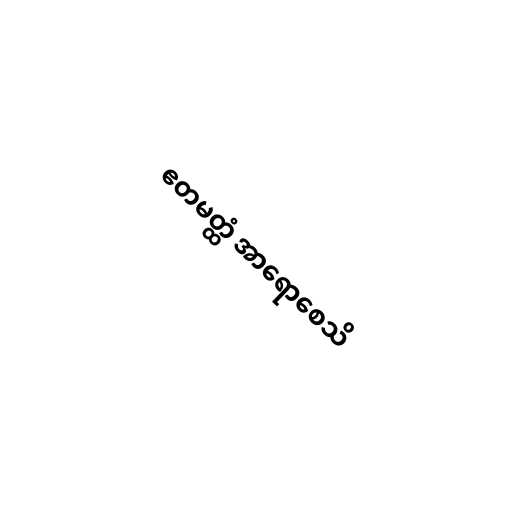
ဧတမတ္ထံ အာရောစေသိ